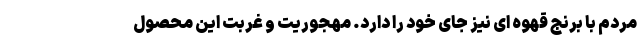
مردم با برنج قهوه ای نیز جای خود را دارد. مهجوریت و غربت این محصول